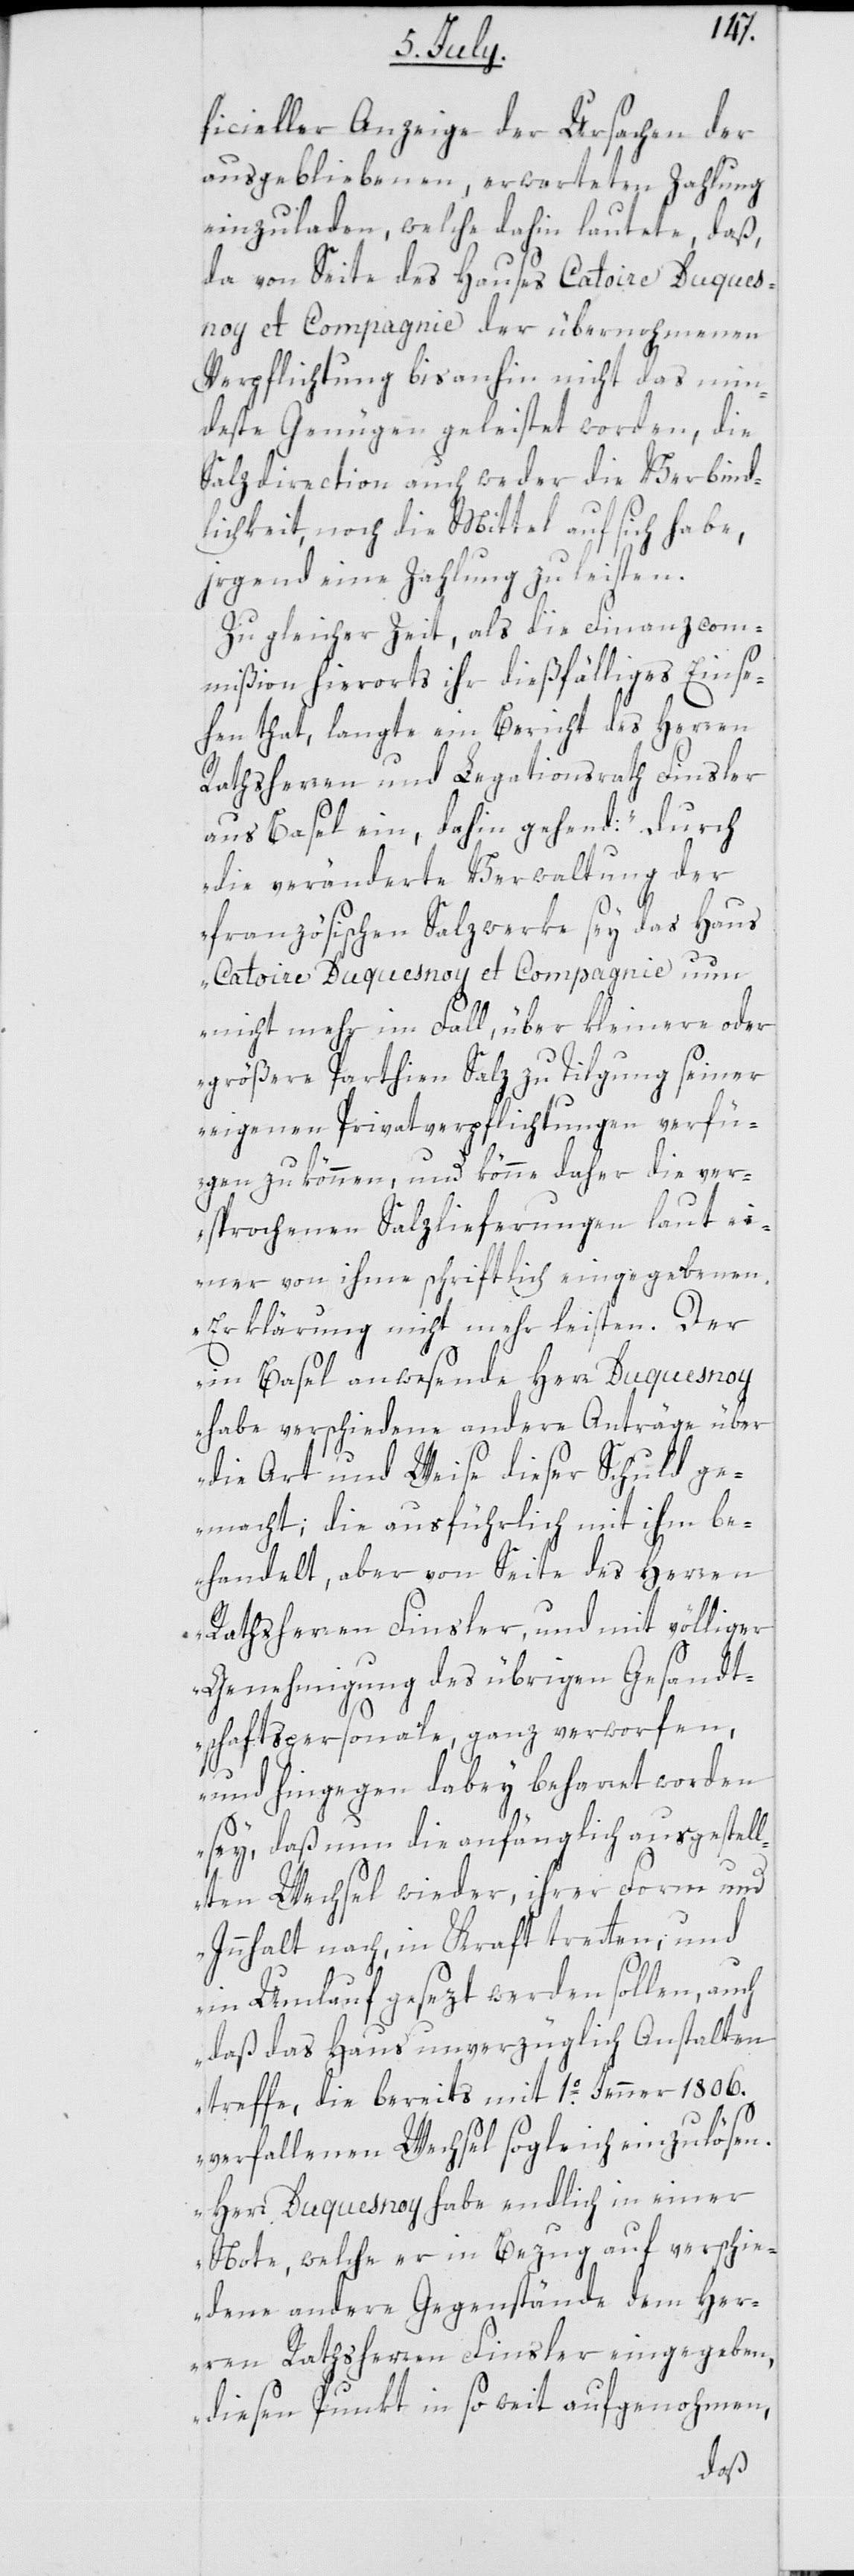
ficieller Anzeige der Ursachen der
ausgebliebenen, erwarteten Zahlung
einzuladen, welche dahin lautete, daß,
da von Seite des Hauses Catoire Duques¬
noy et Compagnie der übernohmenen
Verpflichtung bis anhin nicht das min¬
deste Genügen geleistet worden, die
Salzdirection auch weder die Verbind¬
lichkeit, noch die Mittel auf sich habe,
irgend eine Zahlung zu leisten.
Zu gleicher Zeit, als die Finanzcom¬
mißion hierorts ihr dießfälliges Einse¬
hen that, langte ein Bericht des Herren
Rathsherren und Legationsrath Finsler
aus Basel ein, dahin gehend: „durch
die veränderte Verwaltung der
französischen Salzwerke sey das Haus
Catoire Duquesnoy et Compagnie nun
nicht mehr im Fall, über kleinere oder
größere Parthien Salz zu Tilgung seiner
eigenen Privatverpflichtungen verfü¬
gen zu können, und könne daher die ver¬
sprochenen Salzlieferungen laut ei¬
ner von ihme schriftlich eingegebenen
Erklärung nicht mehr leisten. Der
in Basel anwesende Herr Duquesnoy
habe verschiedene andere Anträge über
die Art und Weise dieser Schuld ge¬
macht; die ausführlich mit ihm be¬
handelt, aber von Seite des Herren
Rathsherren Finsler, und mit völliger
Genehmigung des übrigen Gesandt¬
schafts-Personale ganz verworfen,
und hingegen dabey beharret worden
sey, daß nun die anfänglich ausgestell¬
ten Wechsel wieder, ihrer Form und
Innhalt nach, in Kraft tretten; und
in Umlauf gesezt werden sollen, auch
daß das Haus unverzüglich Anstalten
treffe, die bereits mit 1o. Jenner 1806.
verfallenen Wechsel sogleich einzulösen.
Herr Duquesnoy habe endlich in einer
Note, welcher er in Bezug auf verschie¬
dene andere Gegenstände dem Her¬
ren Rathsherren Finsler eingegeben,
diesen Punkt in so weit aufgenohmen,